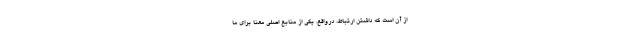
از آن است که داشتن ارتباط، درواقع، یکی از منابع اصلی معنا برای ما